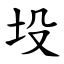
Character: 坄